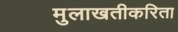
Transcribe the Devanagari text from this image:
मुलाखतीकरिता